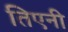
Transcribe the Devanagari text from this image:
तिएनी